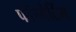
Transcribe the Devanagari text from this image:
फॉरमेटिंग